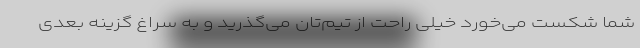
شما شکست می‌خورد خیلی راحت از تیم‌تان می‌گذرید و به سراغ گزینه بعدی